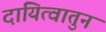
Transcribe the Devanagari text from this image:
दायित्वातुन